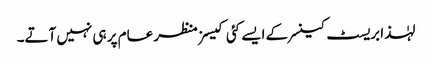
لہٰذا بریسٹ کینسر کے ایسے کئی کیسز منظر عام پر ہی نہیں آتے۔